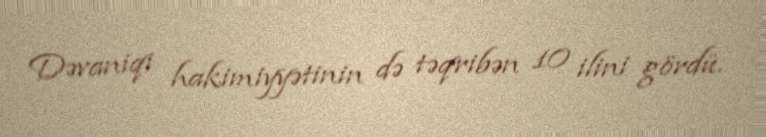
Dəvaniqi hakimiyyətinin də təqribən 10 ilini gördü.